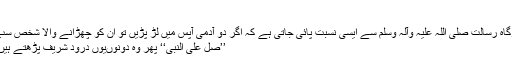
‘‘
وہاں کے لوگوں میں بارگاہِ رسالت صلی اللہ علیہ وآلہ وسلم سے ایسی نسبت پائی جاتی ہے کہ اگر دو آدمی آپس میں لڑ پڑیں تو ان کو چھڑانے والا شخص سب سے پہلے یہ کہتا ہے:
’’صل علی النبی‘‘ پھر وہ دونوںیوں درود شریف پڑھتے ہیں: ’’علیہ الصلاۃ و السلام۔